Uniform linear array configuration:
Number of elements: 8
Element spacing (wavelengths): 0.25
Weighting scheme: hamming
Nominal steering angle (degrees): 30
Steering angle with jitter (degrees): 31.535
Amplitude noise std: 0.05
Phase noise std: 0.05

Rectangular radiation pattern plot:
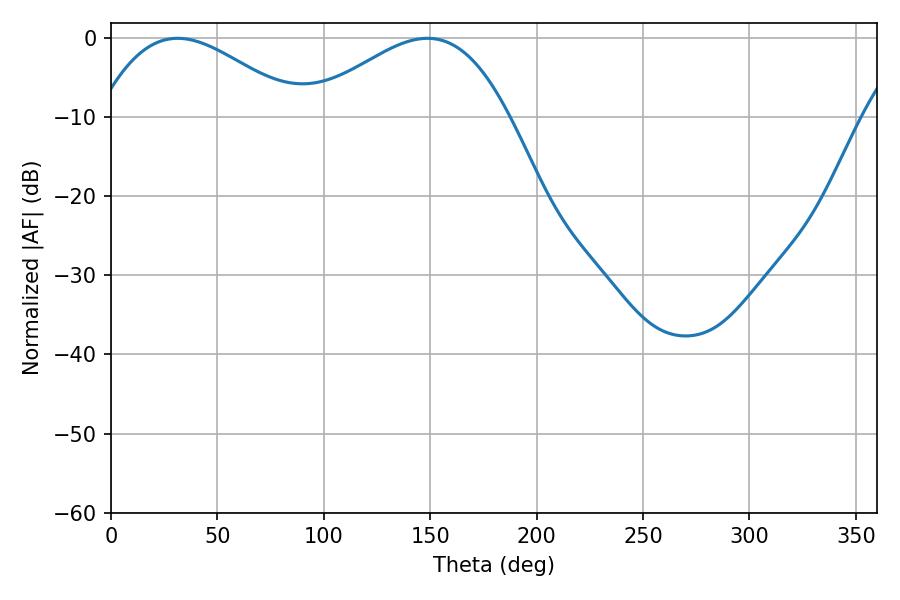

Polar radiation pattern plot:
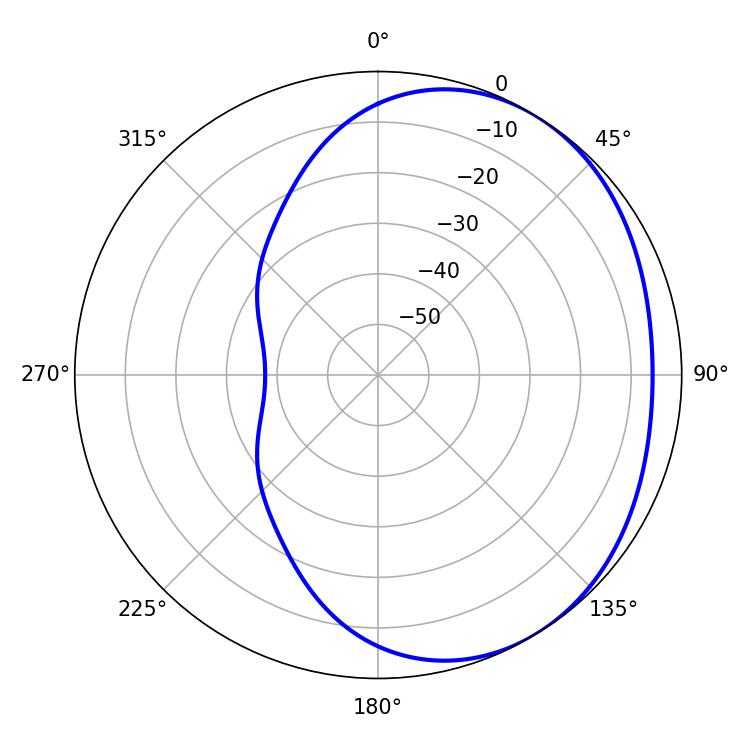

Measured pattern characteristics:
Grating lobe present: FALSE
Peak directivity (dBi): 2.535
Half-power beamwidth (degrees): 51.12
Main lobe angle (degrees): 31.32